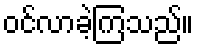
ဝင်လာခဲ့ကြသည်။